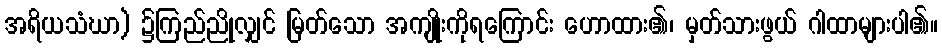
အရိယသံဃာ) ၌ကြည်ညိုလျှင် မြတ်သော အကျိုးကိုရကြောင်း ဟောထား၏၊ မှတ်သားဖွယ် ဂါထာများပါ၏။